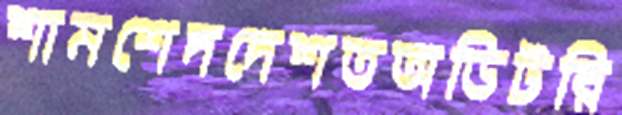
শামশেদদেশতঅডিটরি